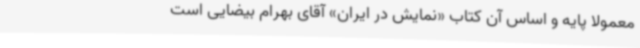
معمولا پایه و اساس آن کتاب «نمایش در ایران» آقای بهرام بیضایی است